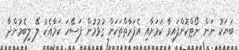
ބަޔަކު ނަން ނޯޓްކޮށްފައިވާ ކަމަށާއި އެފަރާތްތަކަށް ގުޅުމުން ފަސޭހަ ކަމާއެކު ލޭ ލިބެމުންދާ